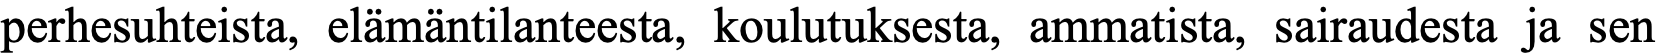
perhesuhteista, elämäntilanteesta, koulutuksesta, ammatista, sairaudesta ja sen